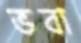
ভবা